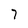
Character: 7